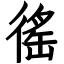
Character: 徭